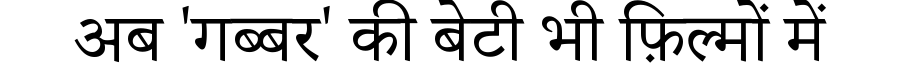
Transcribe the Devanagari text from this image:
अब 'गब्बर' की बेटी भी फ़िल्मों में